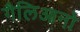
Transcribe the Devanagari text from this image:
गैलिआनो